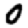
Digit: 0